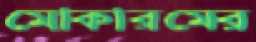
মোকারমের